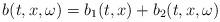
LaTeX: \begin{align*}b(t,x,\omega) = b_1(t,x) + b_2(t,x,\omega)\end{align*}